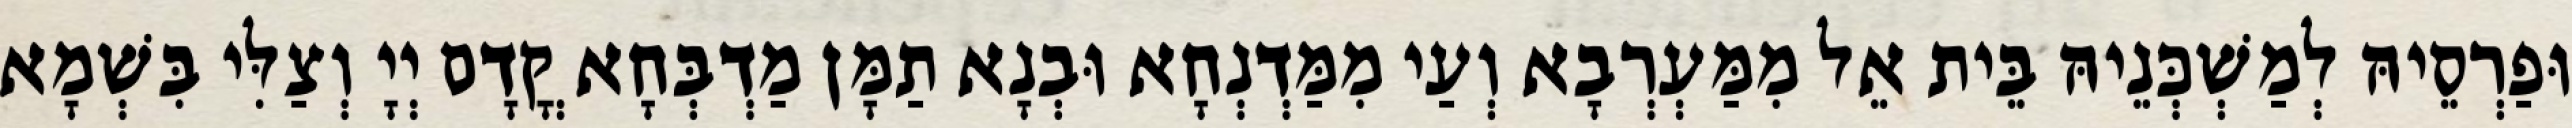
וּפַרְסֵיהּ לְמַשְׁכְּנֵיהּ בֵּית אֵל מִמַּעְרְבָא וְעַי מִמַּדְנְחָא וּבְנָא תַמָּן מַדְבְּחָא קֳדָם יְיָ וְצַלִּי בִּשְׁמָא